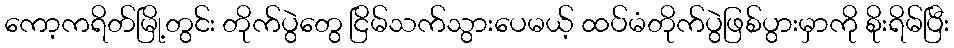
ကော့ကရိတ်မြို့တွင်း တိုက်ပွဲတွေ ငြိမ်သက်သွားပေမယ့် ထပ်မံတိုက်ပွဲဖြစ်ပွားမှာကို စိုးရိမ်ပြီး